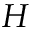
H